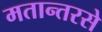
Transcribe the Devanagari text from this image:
मतान्तरसे